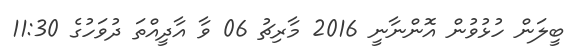
ބީލަން ހުޅުވުން އޮންނާނީ 2016 މާރިޗު 06 ވާ އާދީއްތަ ދުވަހުގެ 11:30